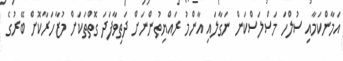
އަމާންކަމާއި ސުލްހަ މަސްލަސްކަން ނަގާލައި އާންމު ރައްޔިތުންނަށް ދަތިވާފަދަ ގޮތްތަކަށް މުޒާހަރާކޮށް ބޭރުގެ